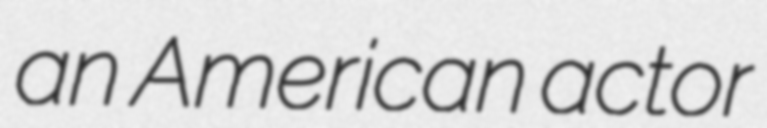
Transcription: an American actor